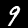
Digit: 9